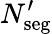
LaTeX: N_{\mathrm{seg}}^{\prime}